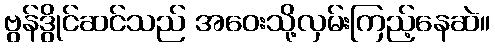
ဗွန်ဒွိုင်ဆင်သည် အဝေးသို့လှမ်းကြည့်နေဆဲ။